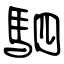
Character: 駟